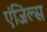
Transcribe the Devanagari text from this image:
एंजिल्स